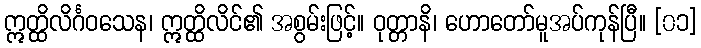
ဣတ္ထိလိင်္ဂဝသေန၊ ဣတ္ထိလိင်၏ အစွမ်းဖြင့်။ ဝုတ္တာနိ၊ ဟောတော်မူအပ်ကုန်ပြီ။ [၀၁]